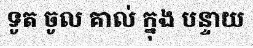
ទូត ចូល គាល់ ក្នុង បន្ទាយ